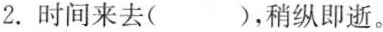
2.时间来去( )，稍纵即逝。